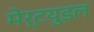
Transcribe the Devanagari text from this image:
मेर्टयुइल